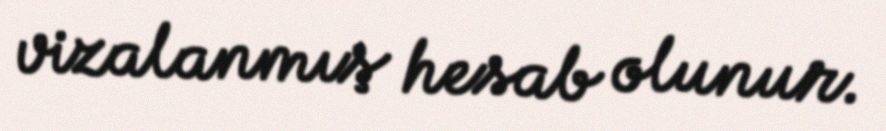
vizalanmış hesab olunur.